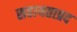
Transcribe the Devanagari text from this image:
सहायताप्रद